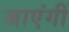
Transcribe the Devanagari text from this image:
जाएंगीं